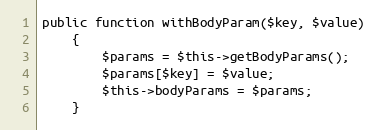
Language: PHP
public function withBodyParam($key, $value)
    {
        $params = $this->getBodyParams();
        $params[$key] = $value;
        $this->bodyParams = $params;
    }